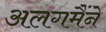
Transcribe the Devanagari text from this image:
अलगमैंने